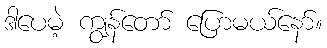
ဒါပေမဲ့ ကျွန်တော် ပြောမယ်နော်။